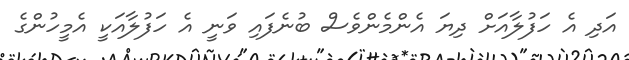
އަދި އެ ހަފުލާއަށް ދިޔަ އެންމެންވެސް ބުނެފައި ވަނީ އެ ހަފުލާއަކީ އެމީހުންގެ